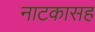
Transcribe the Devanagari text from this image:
नाटकासह